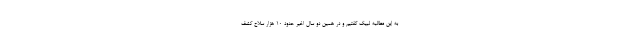
به این مطالبه لبیک گفتیم و در همین دو سال اخیر حدود ۱۰ هزار سلاح کشف